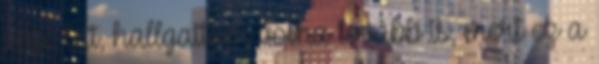
vége lett, hallgattam volna tovább is, mert ez a